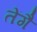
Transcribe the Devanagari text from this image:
तेंगै